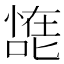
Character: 𰈠